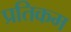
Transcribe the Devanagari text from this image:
प्रतिकम